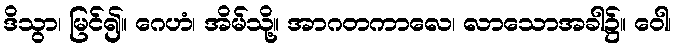
ဒိသွာ၊ မြင်၍။ ဂေဟံ၊ အိမ်သို့။ အာဂတကာလေ၊ လာသောအခါ၌။ ဝေါ၊